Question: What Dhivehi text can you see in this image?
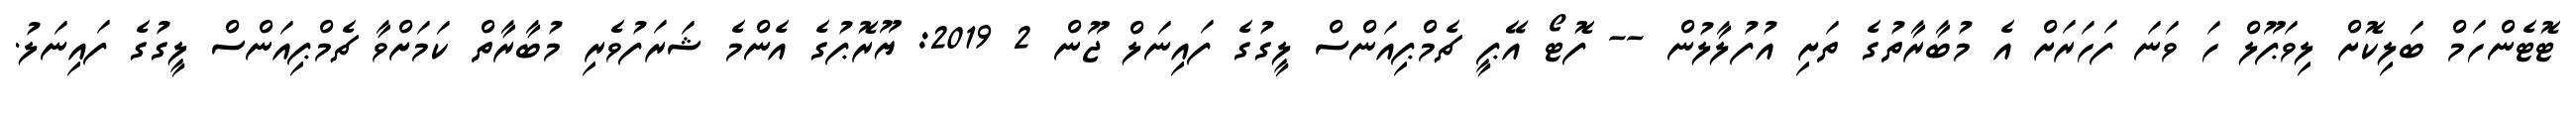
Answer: ޓޮޓެންހަމް ބަލިކޮށް ލިވަޕޫލް ހަ ވަނަ ފަހަރަށް އެ މުބާރާތުގެ ތަށި އުފުލާލުން -- ފޮޓޯ އޭޕީ ޗެމްޕިއަންސް ލީގުގެ ފައިނަލް ޖޫން 2 2019: ޔޫރޮޕުގެ އެންމެ ޝަރަފުވެރި މުބާރާތް ކަމަށްވާ ޗެމްޕިއަންސް ލީގުގެ ފައިނަލު.